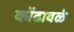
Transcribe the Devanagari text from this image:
कोंढावळे